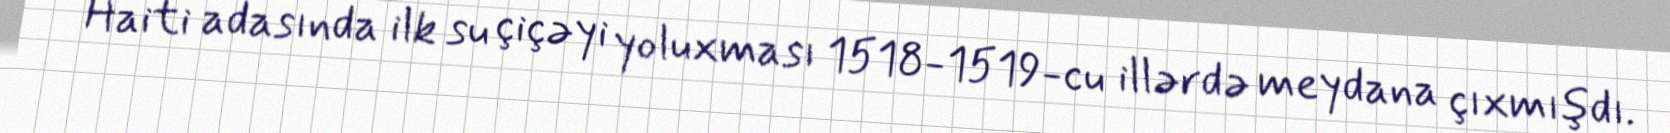
Haiti adasında ilk su çiçəyi yoluxması 1518-1519-cu illərdə meydana çıxmışdı.